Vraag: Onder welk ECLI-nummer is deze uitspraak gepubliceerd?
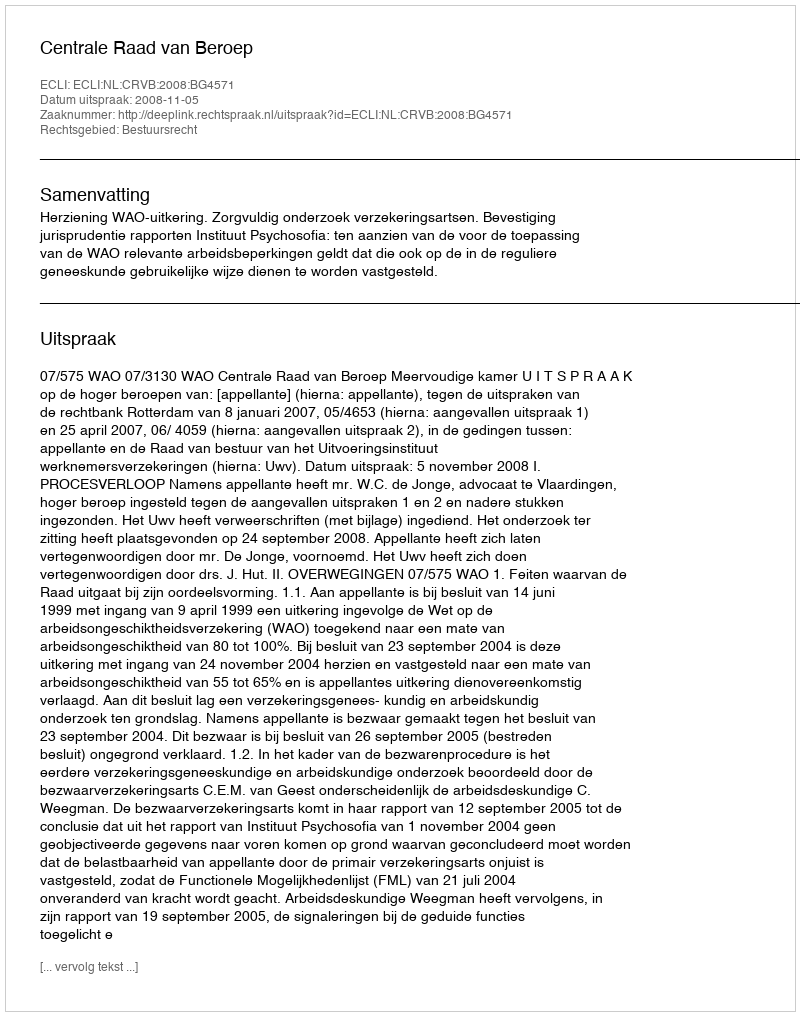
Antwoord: ECLI:NL:CRVB:2008:BG4571